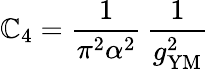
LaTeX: \mathbb{C}_{4}=\frac{{1}}{{\pi^{2}\alpha^{2}}}\, \frac{{1}}{{g_{\mathrm{{YM}}}^{2}}}